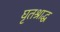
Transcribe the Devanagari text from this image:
घृतश्राद्ध